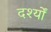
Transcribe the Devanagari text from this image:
दर्श्यों